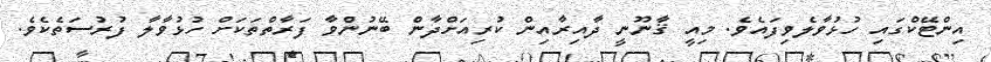
އިންޓޭކްގައި ހުޅުވާލެވިފައެވެ. މިއީ ޤާނޫނީ ދާއިރާއިން ކުރިއަށްދާން ބޭނުންވާ ފަރާތްތަކަށް ހުޅުވާލާ ފުރުސަތެކެވެ.